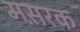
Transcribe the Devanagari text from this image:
मस़रक